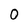
Character: 0